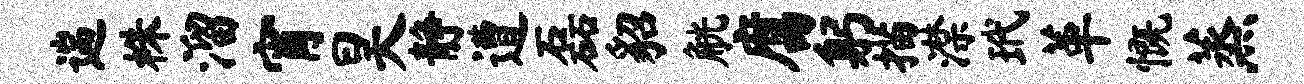
遄株溜宵昊静遭磊貂觥腐躬描潸玳革慨蒸